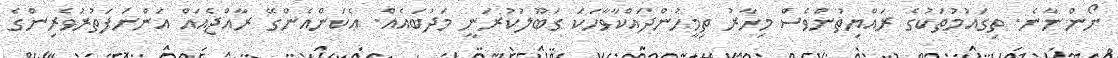
ނޯންނާނެ. ތިގައުމުތަކުގެ ރައްޔިތުންވެސް މިހާރު ތިމީހުންދައްކާވާހަކަ ގަބޫލުކުރަނީ މަދުބައެއް. ޢެކަންއެންގޭ ރާއްޖެއައް އަންނަފަތުރުވެރިންގެ